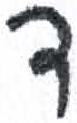
אות: ד